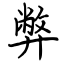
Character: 弊